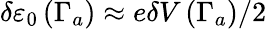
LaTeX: \delta\varepsilon_{0}\left(\Gamma_{a}\right)\approx e\delta V\left(\Gamma_{a}\right)/2